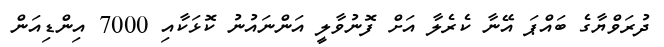
ދުރަވްޔާގެ ބައްޕަ އޭނާ ކެރެލާ އަށް ފޮނުވާލީ އަންނައުނު ކޮޅަކާއި 7000 އިންޑިއަން